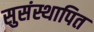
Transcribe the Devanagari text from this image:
सुसंस्थापित